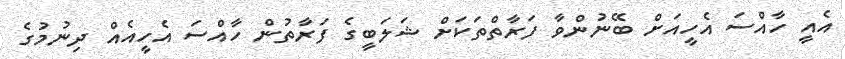
އެއީ ހާއްސަ އެހީއަށް ބޭނުންވާ ފަރާތްތަކަށް ޝަލަބީގެ ފަރާތުން ހާއްސަ އެހީއެއް ދިނުމުގެ